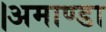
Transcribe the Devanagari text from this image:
।अमाण्डा